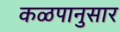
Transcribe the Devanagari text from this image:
कळपानुसार